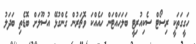
ހަގީގަތަކީ ރިސޯޓް ސެކިއުރިޓީ ބަލަހައްޓަން ހައެއްކަ ވޮޗަރުން ގެންގުޅޭ އުސޫލަށް ބޮޑެތި ބަދަލު